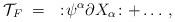
LaTeX: \begin{align*}{\cal T}_F ~=~:\!\psi^{\alpha}\partial X_{\alpha}\!: +\dots \, ,\end{align*}